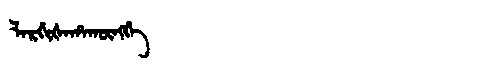
Manchu: ᠯᠠᡵᡤᡳᡧᠠᡥᠠᡴᡡᠩᡤᡝ
Romanization: LARGIŠAHAKŪNGGE